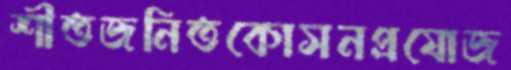
শীতজনিতকোসনপ্রযোজ